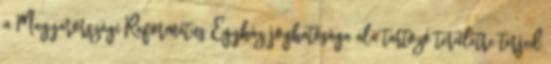
a Magyarországi Református Egyház joghatósága alá tartozó területre terjed